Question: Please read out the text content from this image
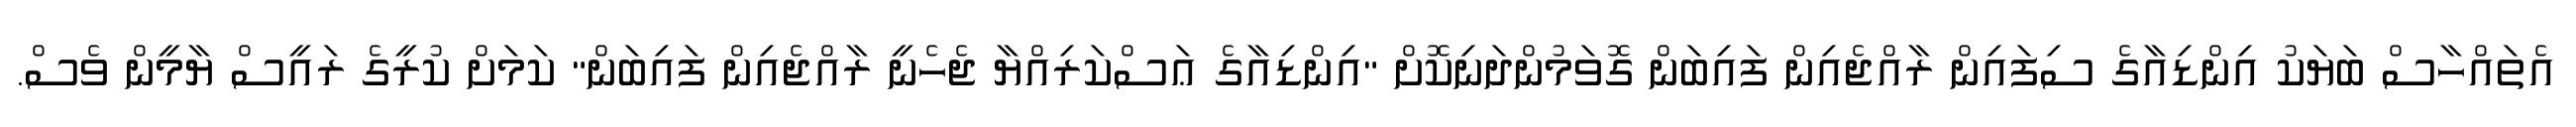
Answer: އެތައްހާސް ބަޔަކު އިންޑިއާގެ ސިފައިން ރާއްޖެއިން ފައިބަން ގޮވަމުންދަނިކޮށް "އިންޑިއާގެ ޢަސްކަރިއްޔާ ޖެހެނީ ރާއްޖެއިން ފައިބަން" ކަމަށް ކުރީގެ ރައީސް ޔާމީން ވެސް.